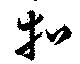
等